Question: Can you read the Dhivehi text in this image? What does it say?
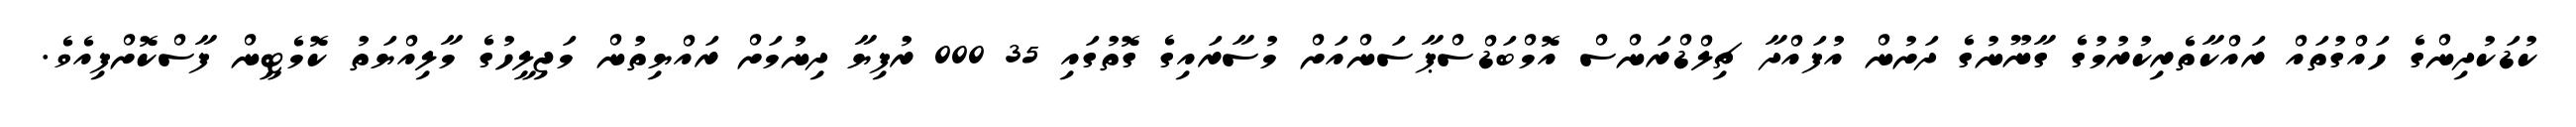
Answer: ކުޑަކުދިންގެ ހައްގުތައް ރައްކާތެރިކުރުމުގެ ގާނޫނުގެ ދަށުން އުފައްދާ ޗިލްޑްރަންސް އޮމްބަޑްސްޕާސަންއަށް މުސާރައިގެ ގޮތުގައި 35 000 ރުފިޔާ ދިނުމަށް ރައްޔިތުން މަޖިލީހުގެ މާލިއްޔަތު ކޮމެޓީން ފާސްކޮށްފިއެވެ.